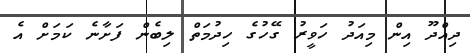
ދިއްދޫ އިން މިއަދު ހަވީރު ގޭހުގެ ހިދުމަތް ލިބެން ފަށާނެ ކަމަށް އެ